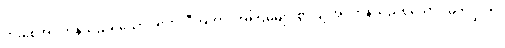
ပွားစေအပ်ကုန်သည်ရှိသော်။ ဗဟုလီကတာ၊ အကြိမ်များစွာပြု အပ်ကုန်သည်ရှိသော်။ မဟပ္ဖလာ၊